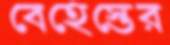
বেহেস্তের